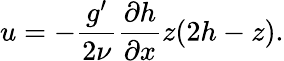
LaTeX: u=-\frac{g^{\prime}}{2\nu}\frac{\partial h}{\partial x}z(2h-z).